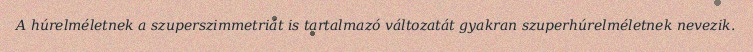
A húrelméletnek a szuperszimmetriát is tartalmazó változatát gyakran szuperhúrelméletnek nevezik.